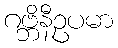
ဂဗ္ဘိနီဥပမာ